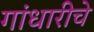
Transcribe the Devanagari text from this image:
गांधारीचे